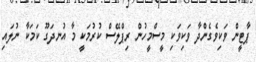
ޕާޓީން ވަކިވެގެންދާ ވަކިވަކި މީސްމީހުން ރިޕްލޭސް ކުރުމަކީ މާ އުނދަގޫ ކަމަކާ ނުލައި